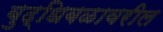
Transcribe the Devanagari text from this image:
बुद्धिबळावरील